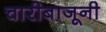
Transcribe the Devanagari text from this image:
चारीबाजूनी